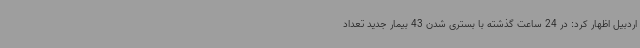
اردبیل اظهار کرد: در 24 ساعت گذشته با بستری شدن 43 بیمار جدید تعداد